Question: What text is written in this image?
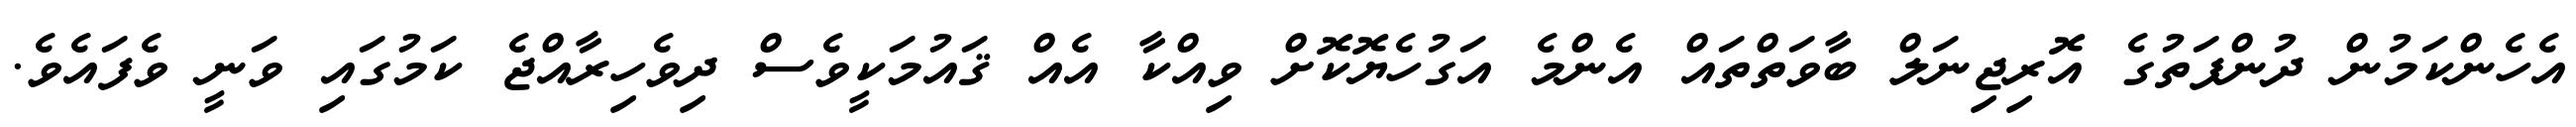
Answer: އެހެންކަމުން ދުންފަތުގެ އޮރިޖިނަލް ބާވަތްތައް އެންމެ އަގުހެޔޮކޮށް ވިއްކާ އެއް ޤައުމަކީވެސް ދިވެހިރާއްޖެ ކަމުގައި ވަނީ ވެފައެވެ.